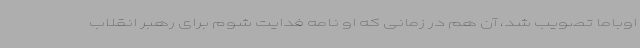
اوباما تصویب شد، آن هم در زمانی که او نامه فدایت شوم برای رهبر انقلاب